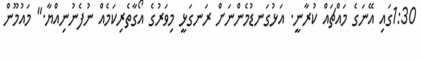
1:30ގައި އޭނަގެ މައްޗައް ކުރާނީ. އަޅުގަނޑުމެންނަށް ރަނގަޅީ މިވަރުގެ އޯގާތެރިކަމެއް ނުފެނުނިއްޔާ." މައުމޫން